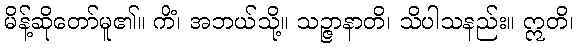
မိန့်ဆိုတော်မူ၏။ ကိံ၊ အဘယ်သို့။ သဉ္ဇာနာတိ၊ သိပါသနည်း။ ဣတိ၊